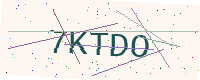
Text: 7KTDO